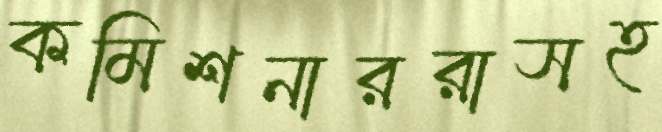
কমিশনাররাসহ